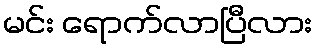
မင်း ရောက်လာပြီလား